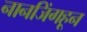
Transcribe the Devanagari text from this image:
नानजिंगहून